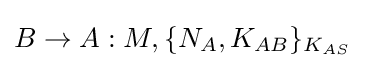
B\rightarrow A:M,\{N_{A},K_{AB}\}_{K_{AS}}